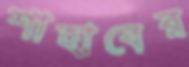
শাহাবের